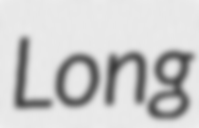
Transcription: Long